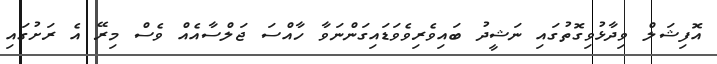
އޮފިޝަލް ވިދާޅުވިގޮތުގައި ނަޝީދު ބައިވެރިވެވަޑައިގަންނަވާ ހާއްސަ ޖަލްސާއެއް ވެސް މިރޭ އެ ރަށުގައި